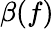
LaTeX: \beta(f)